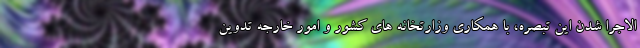
الاجرا شدن این تبصره، با همکاری وزارتخانه های کشور و امور خارجه تدوین